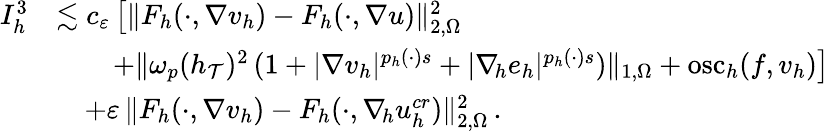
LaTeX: \begin{array}{r}{\begin{array}{rl}{I_{h}^{3}}&{\lesssim c_{\varepsilon}\, \big[\| F_{h}(\cdot,\nabla v_{h})-F_{h}(\cdot,\nabla u)\| _{2,\Omega}^{2}}\\ &{\quad\quad+\| \omega_{p}(h_{\mathcal{T}})^{2}\, (1+\vert\nabla v_{h}\vert^{p_{h}(\cdot)s}+\vert\nabla_{\! h}e_{h}\vert^{p_{h}(\cdot)s})\| _{1,\Omega}+\mathrm{osc}_{h}(f,v_{h})\big]}\\ &{\quad+\varepsilon\, \| F_{h}(\cdot,\nabla v_{h})-F_{h}(\cdot,\nabla_{\! h}u_{h}^{\textit{cr}})\| _{2,\Omega}^{2}\, .}\end{array}}\end{array}